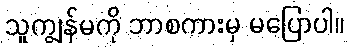
သူကျွန်မကို ဘာစကားမှ မပြောပါ။